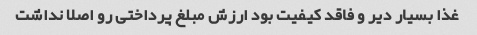
غذا بسیار دیر و فاقد کیفیت بود ارزش مبلغ پرداختی رو اصلا نداشت